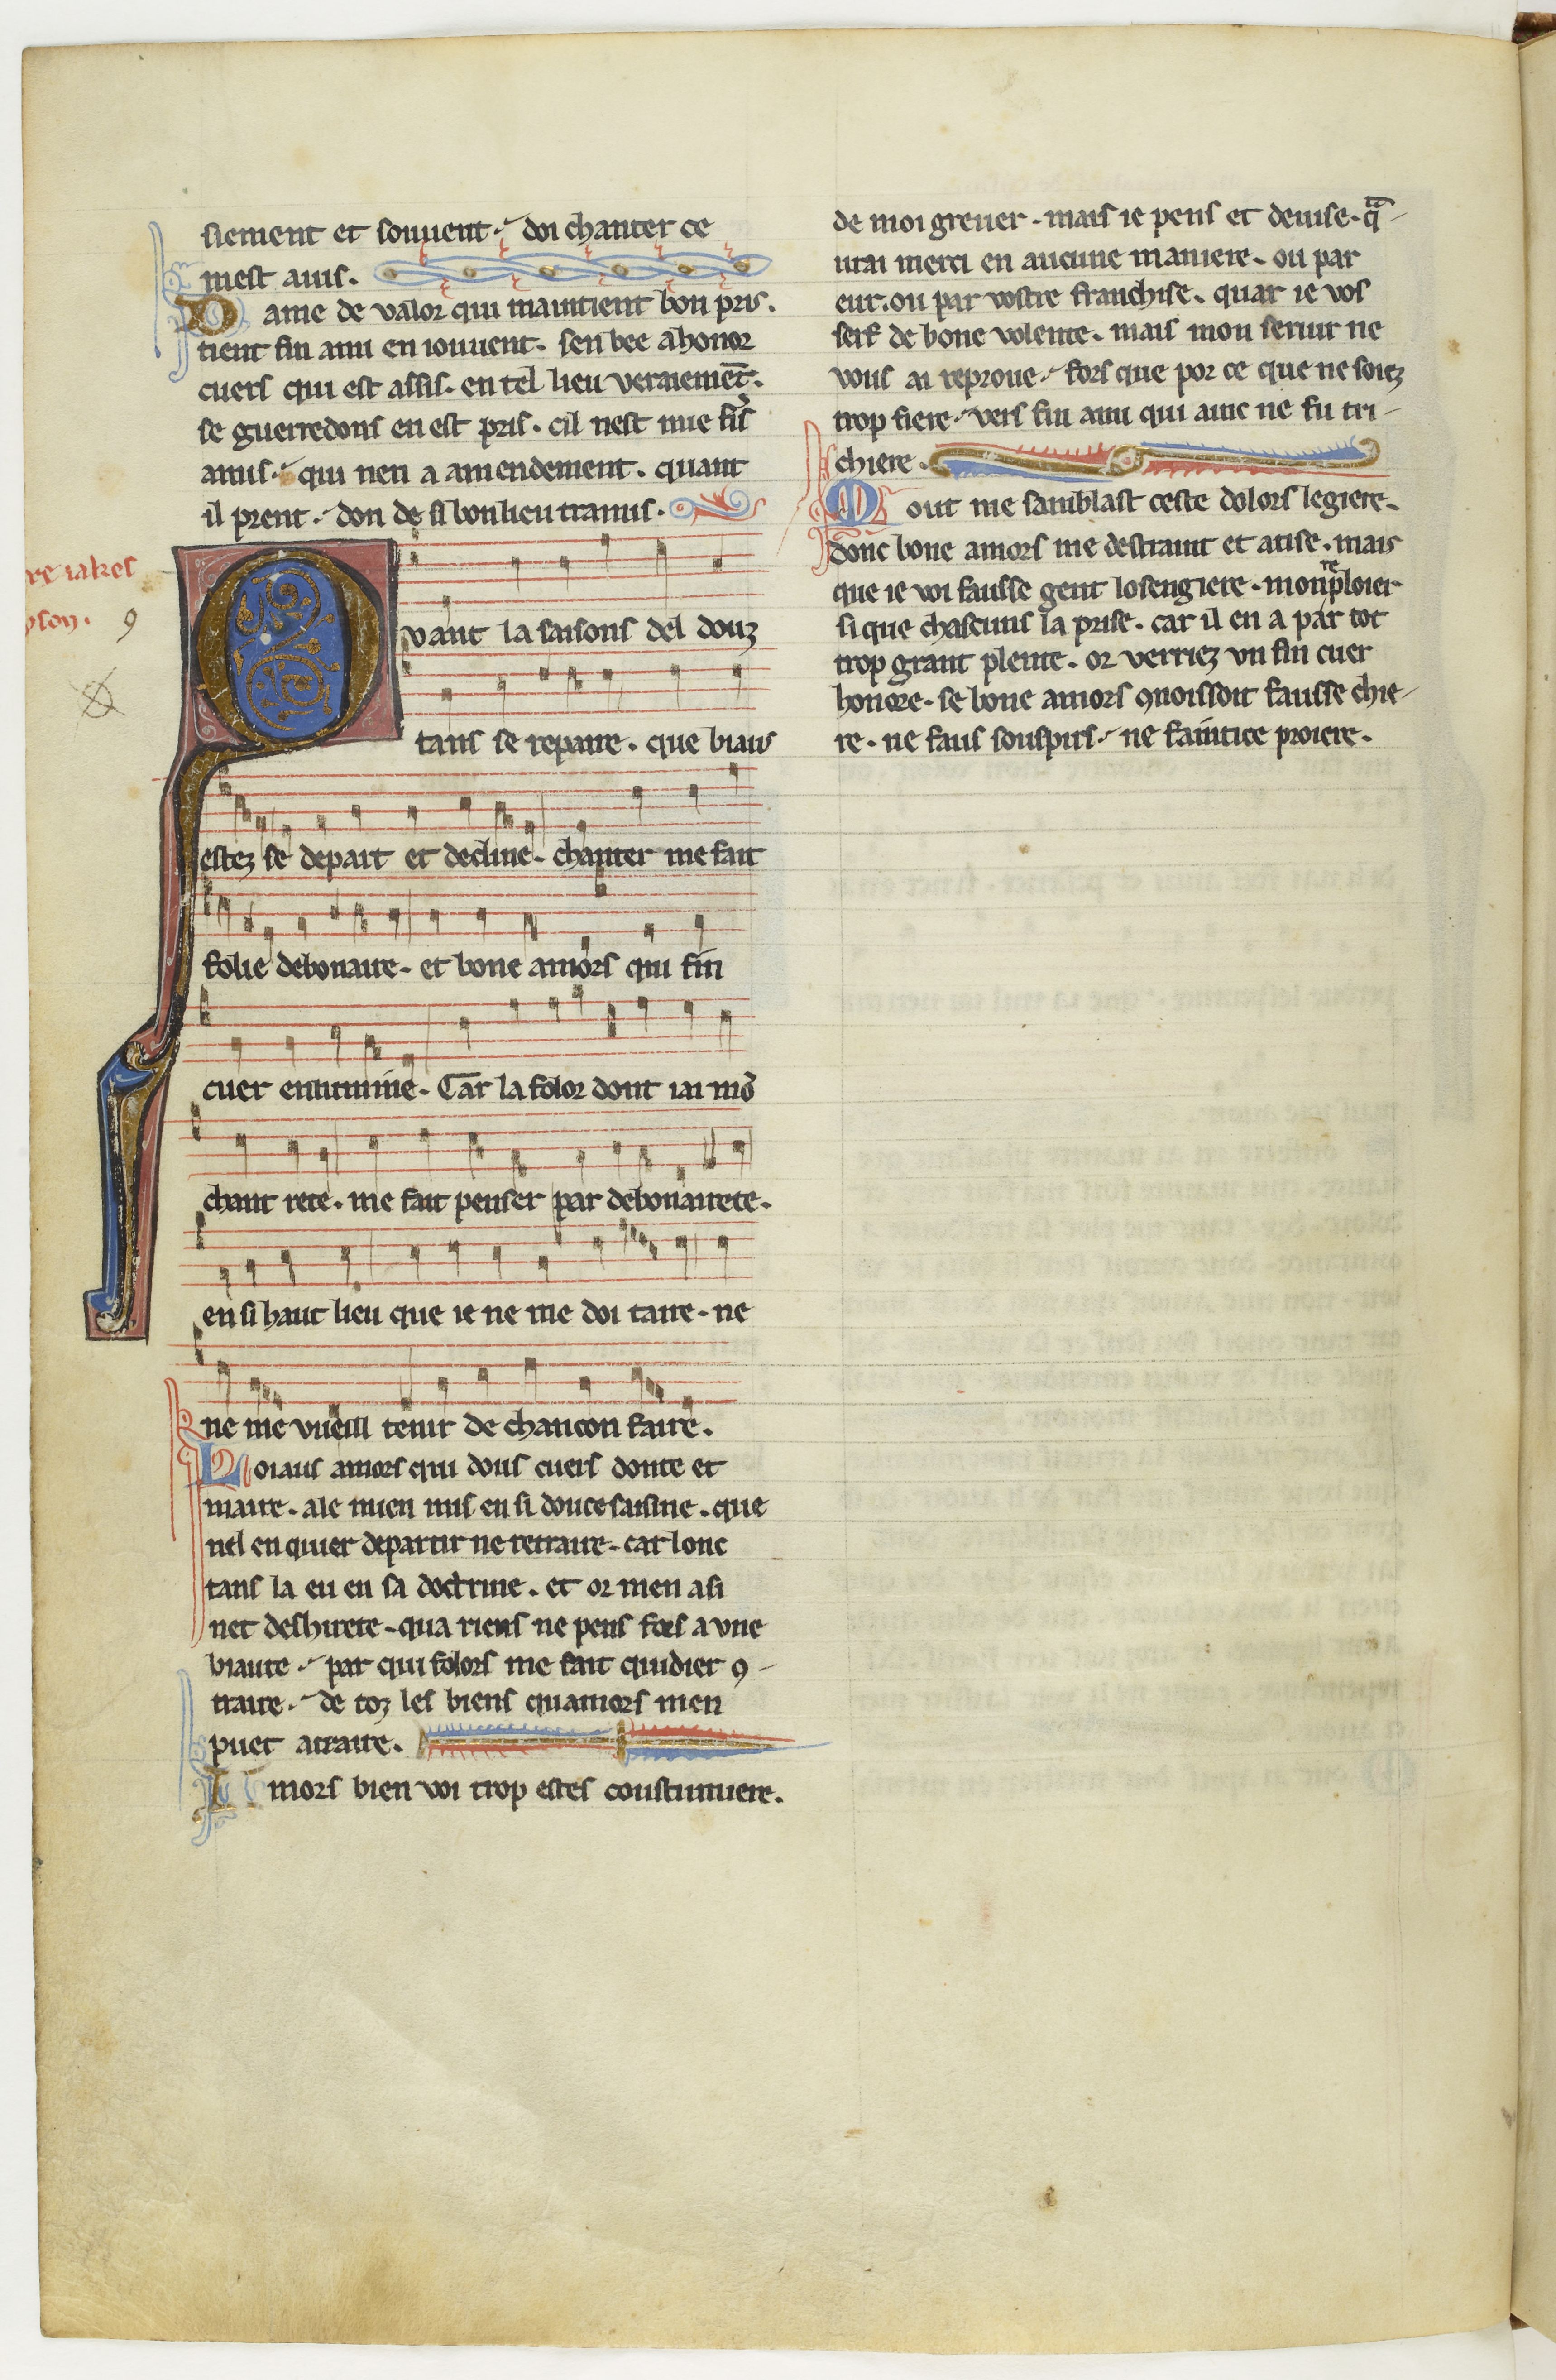
Shelfmark: Paris, BnF, fr. 844
Century: 13